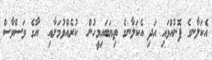
އެކަލާނގެ ފޮނުއްވައި އަދި އެކަލާނގެ ތިޔަބައިމީހުން  ކުރެއްވުމަށާއި  އާގެ ވަސްވާސް